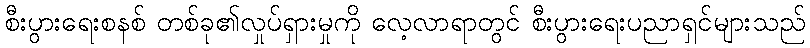
စီးပွားရေးစနစ် တစ်ခု၏လှုပ်ရှားမှုကို လေ့လာရာတွင် စီးပွားရေးပညာရှင်များသည်